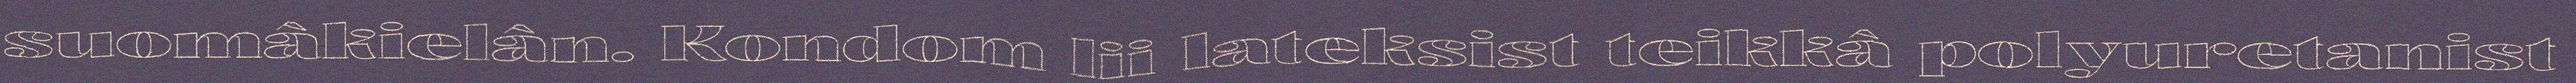
suomâkielân. Kondom lii lateksist teikkâ polyuretanist